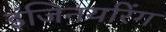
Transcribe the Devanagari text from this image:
इंजिनयरिंग